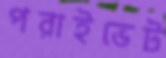
পরাইভেট